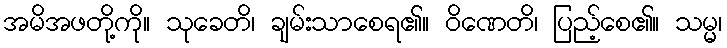
အမိအဖတို့ကို။ သုခေတိ၊ ချမ်းသာစေရ၏။ ဝိဏေတိ၊ ပြည့်စေ၏။ သမ္မ၊